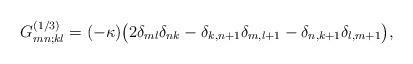
LaTeX: \begin{align*} G^{(1/3)}_{mn;kl}=(-\kappa)\big(2\delta_{ml}\delta_{nk} - \delta_{k,n+1}\delta_{m,l+1}-\delta_{n,k+1}\delta_{l,m+1}\big),\end{align*}